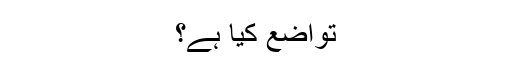
تواضع کیا ہے؟